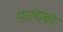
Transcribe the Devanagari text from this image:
फ़लावर